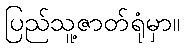
ပြည်သူ့ဇာတ်ရုံမှာ။